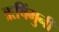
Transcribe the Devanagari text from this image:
ऋषिंमुनी